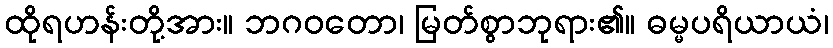
ထိုရဟန်းတို့အား။ ဘဂဝတော၊ မြတ်စွာဘုရား၏။ ဓမ္မပရိယာယံ၊